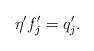
\begin{align*} \eta^{\prime}f_{j}^{\prime}= q_{j}^{\prime}. \end{align*}